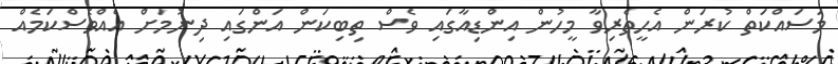
މަސައްކަތް ކުރަން އެހީތެރިވާ މީހުން އިންޑިއާގައި ވެސް ތިބިކަން އަންގައި ދިނުމަށް އެއްވެސްކަމެއް